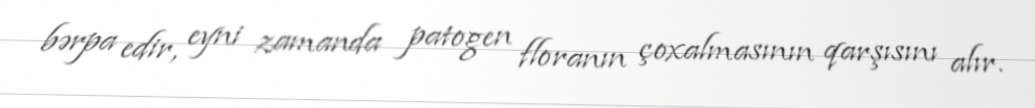
bərpa edir, eyni zamanda patogen floranın çoxalmasının qarşısını alır.